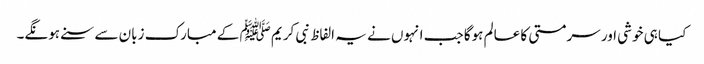
کیا ہی خوشی اور سرمستی کا عالم ہوگا جب انہوں نے یہ الفاظ نبی کریم ﷺ کے مبارک زبان سے سنے ہونگے۔